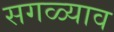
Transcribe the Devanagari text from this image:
सगळ्याव